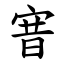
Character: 㝜